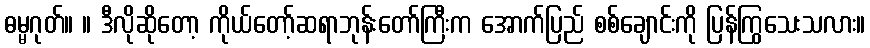
ဓမ္မဂုတ်။ ။ ဒီလိုဆိုတော့ ကိုယ်တော့်ဆရာဘုန်းတော်ကြီးက အောက်ပြည် စစ်ချောင်းကို ပြန်ကြွသေးသလား။